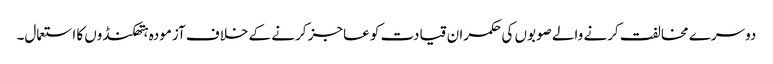
دوسرے مخالفت کرنے والے صوبوں کی حکمران قیادت کو عاجز کرنے کے خلاف آزمودہ ہتھکنڈوں کا استعمال۔